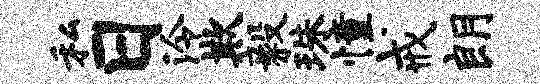
私日泠欺毅珠憧戒朗